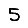
Digit: 5